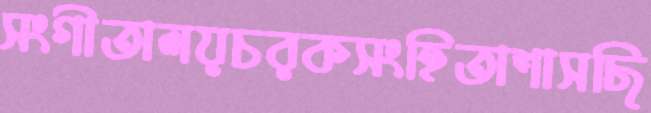
সংগীতালয়চরকসংহিতাশাসছি